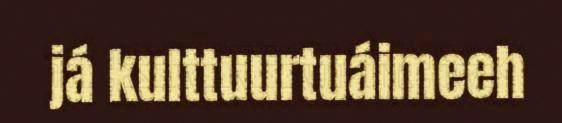
já kulttuurtuáimeeh